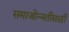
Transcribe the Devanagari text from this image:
समाजोन्नतीसाठी